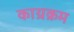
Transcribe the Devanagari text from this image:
काय्रक्रम